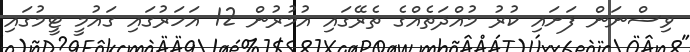
ވިސްނަން ފަށައި ކުރު މުއްދަތެއްގެ ތެރޭގައި އުމުރުން 12 އަހަރުގައި ގައުމީ ޓީމުގައި